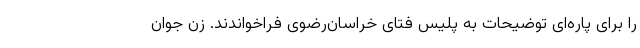
را برای پاره‌ای توضیحات به پلیس فتای خراسان‌رضوی فراخواندند. زن جوان